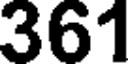
361